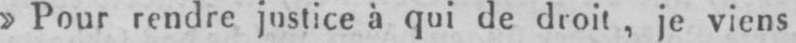
»Pour rendre justice à qui de droit, je viens